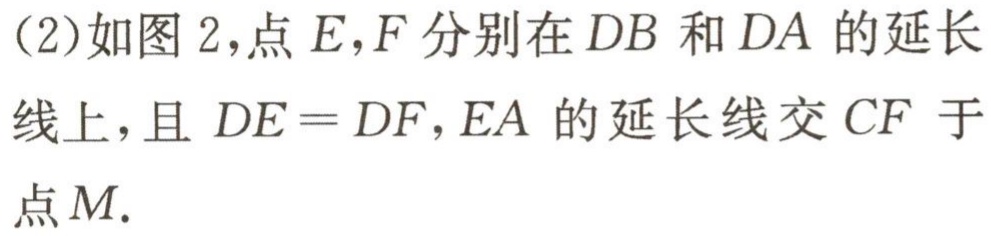
(2)如图 2，点 \(E,F\) 分别在 \(DB\) 和 \(DA\) 的延长线上，且 \(DE = DF\)，\(EA\) 的延长线交 \(CF\) 于点 \(M\).